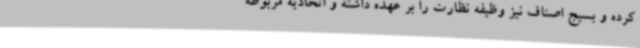
کرده و بسیج اصناف نیز وظیفه نظارت را بر عهده داشته و اتحادیه مربوطه